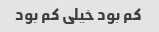
کم بود خیلی کم بود